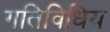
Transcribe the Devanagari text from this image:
गतिविधिय